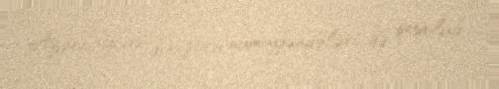
Azərbaycan diasporu nümayəndələri də qoşulub.